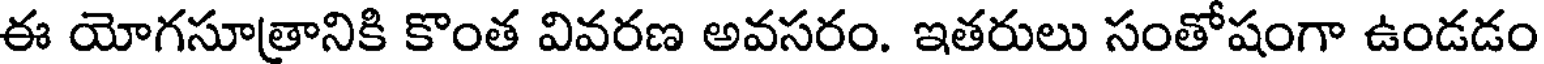
ఈ యోగసూత్రానికి కొంత వివరణ అవసరం. ఇతరులు సంతోషంగా ఉండడం